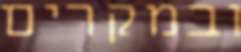
ובמקרים